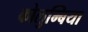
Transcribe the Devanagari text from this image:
कोलुम्बिया